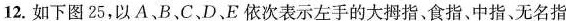
12.如下图25，以A、B、C、D、E依次表示左手的大拇指、食指、中指、无名指